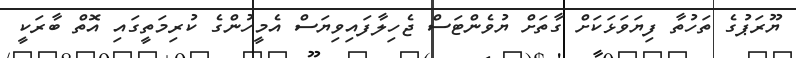
ޔޫރަޕުގެ ތަހުތާ ފިޔަވަޅަކަށް ގާތަށް ޔުވެންޓަސް ޖެހިލާފައިވިޔަސް އެމީހުންގެ ކުރިމަތީގައި އޮތް ބާރަކީ